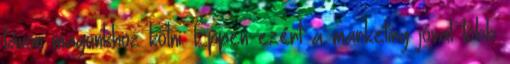
távon magunkhoz kötni. Éppen ezért a marketing jóval több